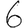
Digit: 6